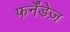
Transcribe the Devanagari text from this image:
फर्नॅंडेज़